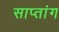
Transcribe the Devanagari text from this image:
साप्तांग